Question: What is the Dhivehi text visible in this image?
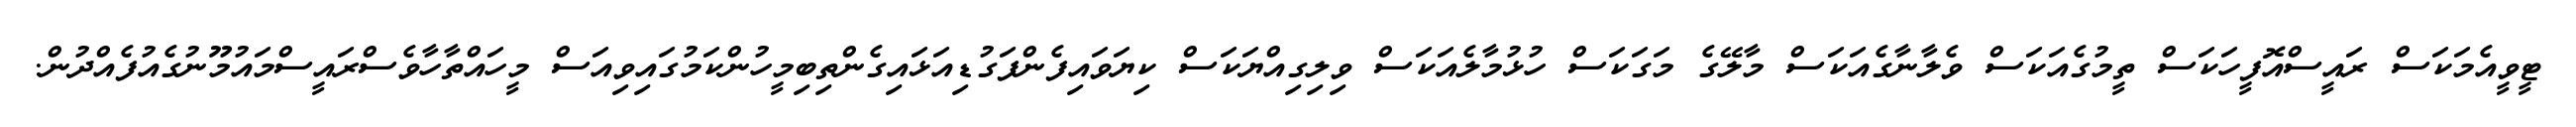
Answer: ޓީވީއެމަކަސް ރައީސްއޮފީހަކަސް ތީމުގެއަކަސް ވެލާނާގެއަކަސް މާލޭގެ މަގަކަސް ހުޅުމާލެއަކަސް ވިލިގިއްޔަކަސް ކިޔަވައިފެންފަގުޑިއަޅައިގެންތިބިމީހުންކަމުގައިވިއަސް މީހައްތާހާވެސްރައީސްމައުމޫނުގެއުފެއްދުން.